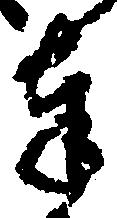
奉